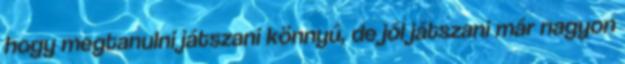
hogy megtanulni játszani könnyű, de jól játszani már nagyon